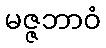
မဇ္ဇဘာဝံ